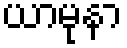
ယာမုနာ